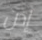
إذن